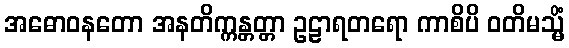
အဓောဝနတော အနတိက္ကန္တတ္တာ ဥဠာရတရော ကာစိပိ ဝတိမသ္မိံ